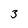
Character: 3